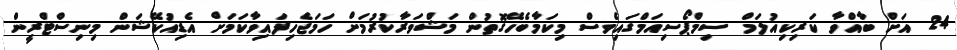
24 އަށް ބާއްވާ ކަރިކިއުލަމް ސިމްޕޯސިއަމްގައިވެސް މިކަމާބެހޭގޮތުން މަޝްވަރާކުރުމަށް ހަމަޖެހިފައިވާކަމަށް އެޑިއުކޭޝަން މިނިސްޓްރީން